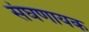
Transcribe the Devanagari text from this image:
संघणायक